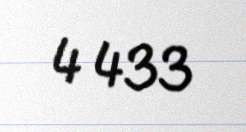
4 433